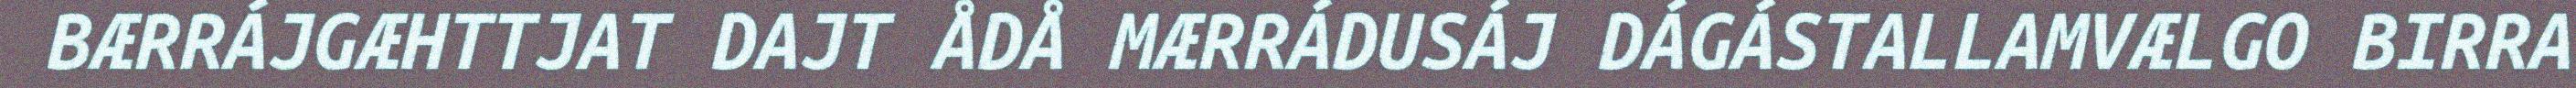
BÆRRÁJGÆHTTJAT DAJT ÅDÅ MÆRRÁDUSÁJ DÁGÁSTALLAMVÆLGO BIRRA